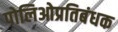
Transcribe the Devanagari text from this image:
पोलिओप्रतिबंधक